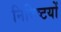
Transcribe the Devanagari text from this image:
निविष्टयों